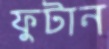
ফুটান